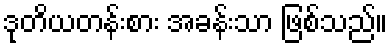
ဒုတိယတန်းစား အခန်းသာ ဖြစ်သည်။